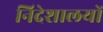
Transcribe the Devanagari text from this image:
निदेशालयों